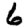
Digit: 6